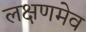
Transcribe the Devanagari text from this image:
लक्षणमेव